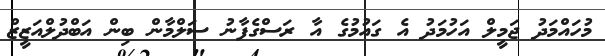
މުހައްމަދު ޖަމީލް އަހުމަދު އެ ގައުމުގެ އާ ރަސްގެފާނު ސަލްމާން ބިން އަބްދުލްއަޒީޒް